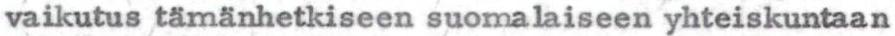
vaikutus tämänhetkiseen suomalaiseen yhteiskuntaan